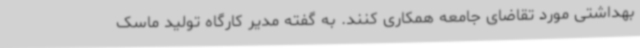
بهداشتی مورد تقاضای جامعه همکاری کنند. به گفته مدیر کارگاه تولید ماسک